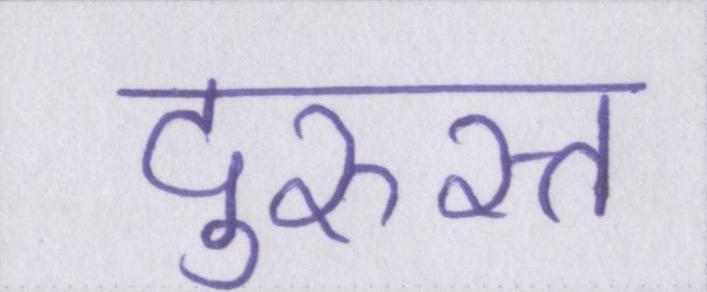
दुरुस्त